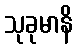
သုခုမာနိ